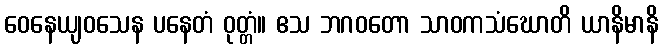
ဝေနေယျဝသေန ပနေတံ ဝုတ္တံ။ ဧသ ဘဂဝတော သာဝကသံဃောတိ ယာနိမာနိ